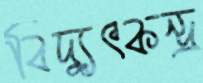
বিদ্যুৎকন্দ্র